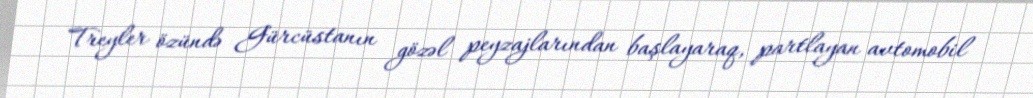
Treyler özündə Gürcüstanın gözəl peyzajlarından başlayaraq, partlayan avtomobil